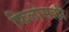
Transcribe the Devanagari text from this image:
फिलोसफ़ी